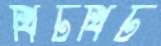
খিটখিট